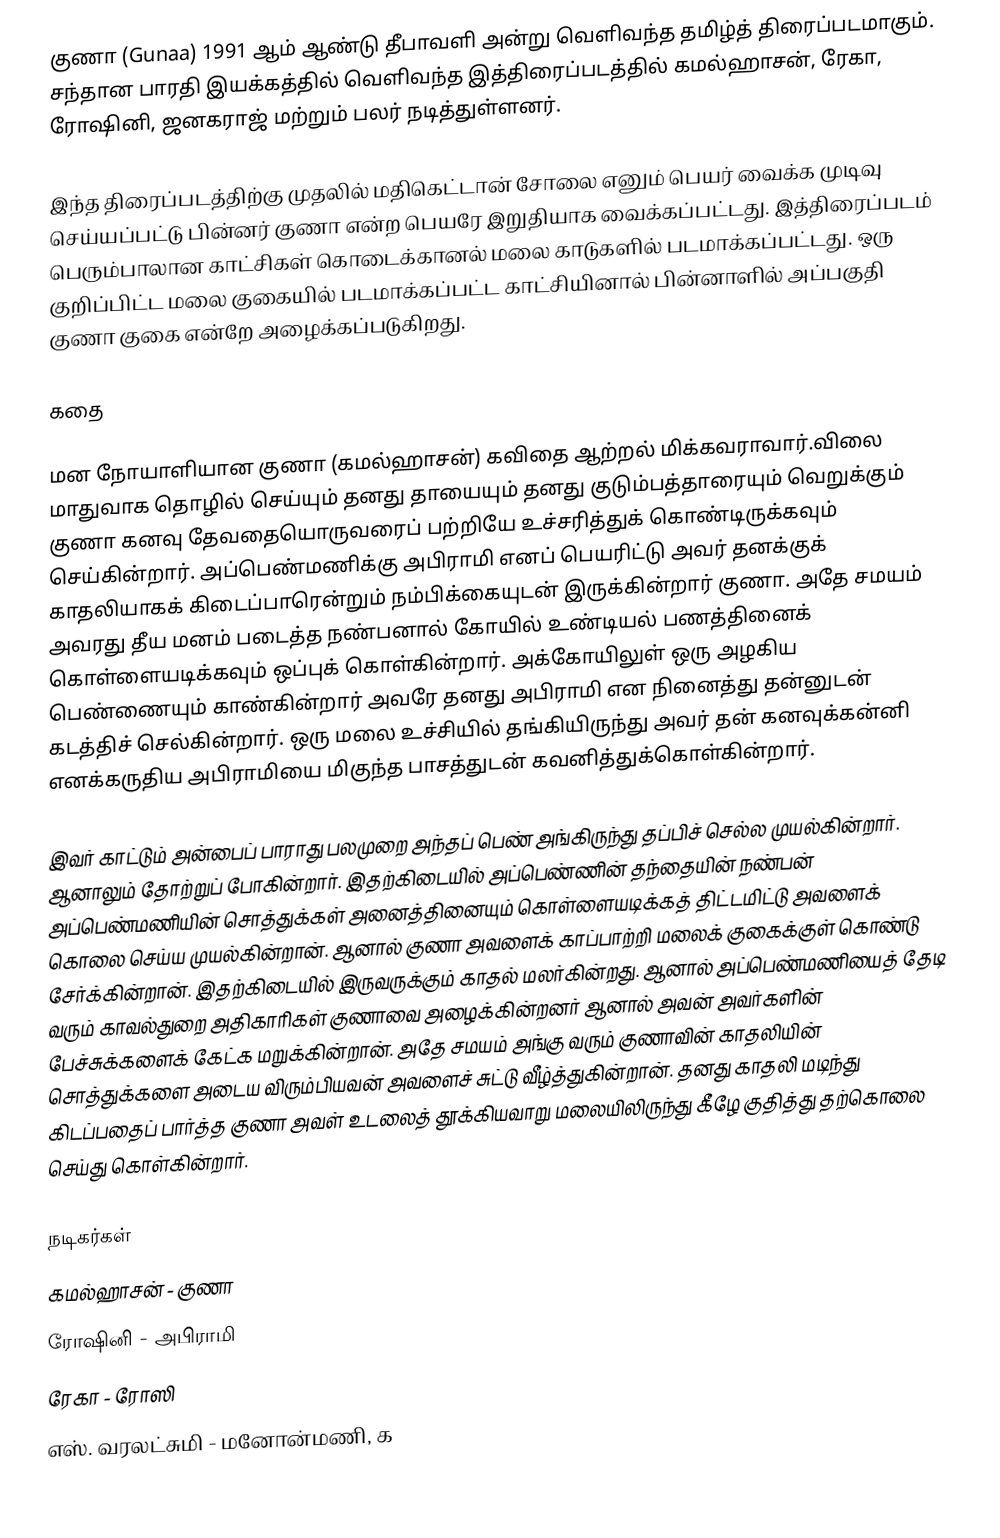
குணா (Gunaa) 1991 ஆம் ஆண்டு தீபாவளி அன்று வெளிவந்த தமிழ்த் திரைப்படமாகும். சந்தான பாரதி இயக்கத்தில் வெளிவந்த இத்திரைப்படத்தில் கமல்ஹாசன், ரேகா, ரோஷினி, ஜனகராஜ் மற்றும் பலர் நடித்துள்ளனர்.

இந்த திரைப்படத்திற்கு முதலில் மதிகெட்டான் சோலை எனும் பெயர் வைக்க முடிவு செய்யப்பட்டு பின்னர் குணா என்ற பெயரே இறுதியாக வைக்கப்பட்டது. இத்திரைப்படம் பெரும்பாலான காட்சிகள் கொடைக்கானல் மலை காடுகளில் படமாக்கப்பட்டது. ஒரு குறிப்பிட்ட மலை குகையில் படமாக்கப்பட்ட காட்சியினால் பின்னாளில் அப்பகுதி குணா குகை என்றே அழைக்கப்படுகிறது.

கதை

மன நோயாளியான குணா (கமல்ஹாசன்) கவிதை ஆற்றல் மிக்கவராவார்.விலை மாதுவாக தொழில் செய்யும் தனது தாயையும் தனது குடும்பத்தாரையும் வெறுக்கும் குணா கனவு தேவதையொருவரைப் பற்றியே உச்சரித்துக் கொண்டிருக்கவும் செய்கின்றார். அப்பெண்மணிக்கு அபிராமி எனப் பெயரிட்டு அவர் தனக்குக் காதலியாகக் கிடைப்பாரென்றும் நம்பிக்கையுடன் இருக்கின்றார் குணா. அதே சமயம் அவரது தீய மனம் படைத்த நண்பனால் கோயில் உண்டியல் பணத்தினைக் கொள்ளையடிக்கவும் ஒப்புக் கொள்கின்றார். அக்கோயிலுள் ஒரு அழகிய பெண்ணையும் காண்கின்றார் அவரே தனது அபிராமி என நினைத்து தன்னுடன் கடத்திச் செல்கின்றார். ஒரு மலை உச்சியில் தங்கியிருந்து அவர் தன் கனவுக்கன்னி எனக்கருதிய அபிராமியை மிகுந்த பாசத்துடன் கவனித்துக்கொள்கின்றார்.

இவர் காட்டும் அன்பைப் பாராது பலமுறை அந்தப் பெண் அங்கிருந்து தப்பிச் செல்ல முயல்கின்றார். ஆனாலும் தோற்றுப் போகின்றார். இதற்கிடையில் அப்பெண்ணின் தந்தையின் நண்பன் அப்பெண்மணியின் சொத்துக்கள் அனைத்தினையும் கொள்ளையடிக்கத் திட்டமிட்டு அவளைக் கொலை செய்ய முயல்கின்றான். ஆனால் குணா அவளைக் காப்பாற்றி மலைக் குகைக்குள் கொண்டு சேர்க்கின்றான். இதற்கிடையில் இருவருக்கும் காதல் மலர்கின்றது. ஆனால் அப்பெண்மணியைத் தேடி வரும் காவல்துறை அதிகாரிகள் குணாவை அழைக்கின்றனர் ஆனால் அவன் அவர்களின் பேச்சுக்களைக்  கேட்க மறுக்கின்றான். அதே சமயம் அங்கு வரும் குணாவின் காதலியின் சொத்துக்களை அடைய விரும்பியவன் அவளைச் சுட்டு வீழ்த்துகின்றான். தனது காதலி மடிந்து கிடப்பதைப் பார்த்த குணா அவள் உடலைத் தூக்கியவாறு மலையிலிருந்து கீழே குதித்து தற்கொலை செய்து கொள்கின்றார்.

நடிகர்கள்
 கமல்ஹாசன் - குணா
 ரோஷினி - அபிராமி
 ரேகா - ரோஸி
 எஸ். வரலட்சுமி - மனோன்மணி, க